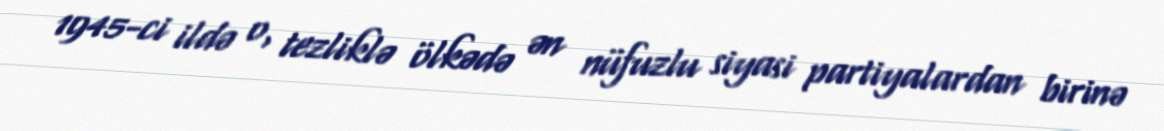
1945-ci ildə o, tezliklə ölkədə ən nüfuzlu siyasi partiyalardan birinə